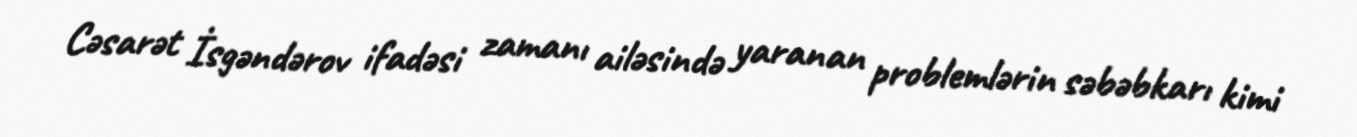
Cəsarət İsgəndərov ifadəsi zamanı ailəsində yaranan problemlərin səbəbkarı kimi